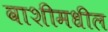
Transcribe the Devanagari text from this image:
वाशीमधील